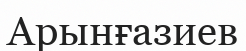
Арынғазиев